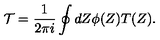
{ \cal T } = \frac { 1 } { 2 \pi i } \oint d Z \phi ( Z ) T ( Z ) .